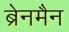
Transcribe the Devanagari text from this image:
ब्रेनमैन